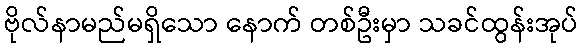
ဗိုလ်နာမည်မရှိသော နောက် တစ်ဦးမှာ သခင်ထွန်းအုပ်